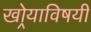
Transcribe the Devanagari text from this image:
खोर्‍याविषयी